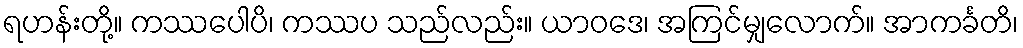
ရဟန်းတို့။ ကဿပေါပိ၊ ကဿပ သည်လည်း။ ယာဝဒေ၊ အကြင်မျှလောက်။ အာကင်္ခတိ၊